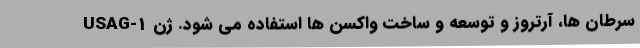
سرطان ها، آرتروز و توسعه و ساخت واکسن ها استفاده می شود. ژن USAG-1